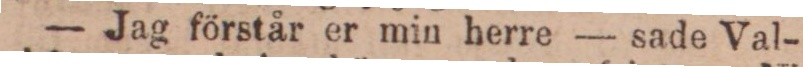
— Jag förstår er min herre — sade Val-